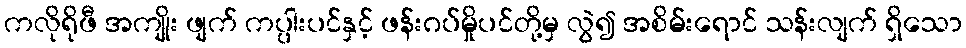
ကလိုရိုဖီ အကျိုး ဖျက် ကပ္ပါးပင်နှင့် ဖန်းဂပ်မှိုပင်တို့မှ လွဲ၍ အစိမ်းရောင် သန်းလျက် ရှိသော